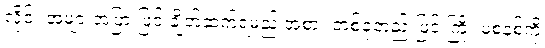
လိုင်း အများအပြားဖြင့် ချိတ်ဆက်ရမည့် အစား တစ်ခုတည်းဖြင့် ကြိုး မဲ့စနစ်ကို